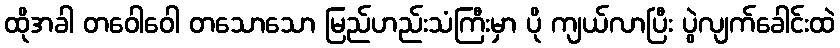
ထိုအခါ တဝေါဝေါ တသောသော မြည်ဟည်းသံကြီးမှာ ပို ကျယ်လာပြီး ပွဲလျက်ခေါင်းထဲ